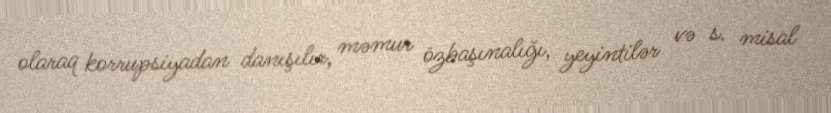
olaraq korrupsiyadan danışılır, məmur özbaşınalığı, yeyintilər və s. misal